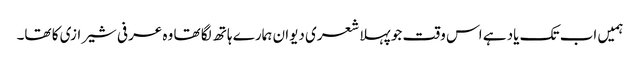
ہمیں اب تک یاد ہے اس وقت جو پہلا شعری دیوان ہمارے ہاتھ لگا تھا وہ عرفی شیرازی کا تھا۔